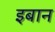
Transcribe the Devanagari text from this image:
इबान